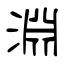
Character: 淵